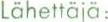
Lähettäjä: